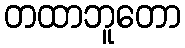
တထာဘူတော